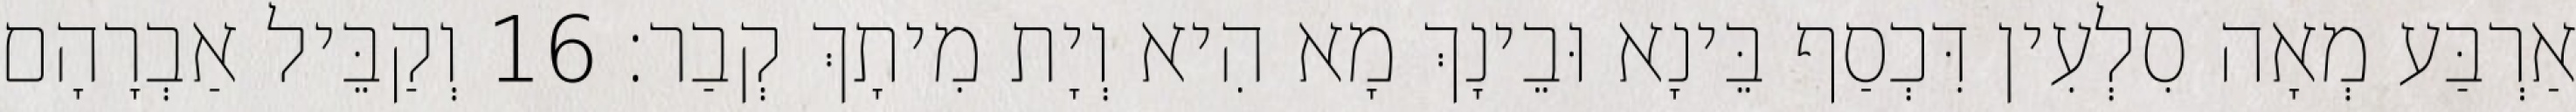
אַרְבַּע מְאָה סִלְעִין דִּכְסַף בֵּינָא וּבֵינָךְ מָא הִיא וְיָת מִיתָךְ קְבַר׃ 16 וְקַבֵּיל אַבְרָהָם